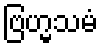
ဗြဟ္မသမံ